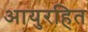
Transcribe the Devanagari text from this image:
आयुरहित